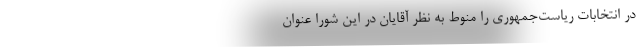
در انتخابات ریاست‌جمهوری را منوط به نظر آقایان در این شورا عنوان